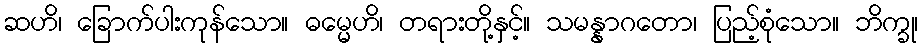
ဆဟိ၊ ခြောက်ပါးကုန်သော။ ဓမ္မေဟိ၊ တရားတို့နှင့်။ သမန္နာဂတော၊ ပြည့်စုံသော။ ဘိက္ခု၊